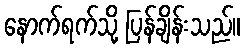
နောက်ရက်သို့ ပြန်ချိန်းသည်။